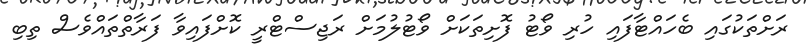
ރަށްތަކުގައި ބެހައްޓާފައި ހުރި ވޯޓު ފޮށިތަކަށް ވޯޓުލުމަށް ރަޖިސްޓްރީ ކޮށްފައިވާ ފަރާތްތައްވެސް ތިބި